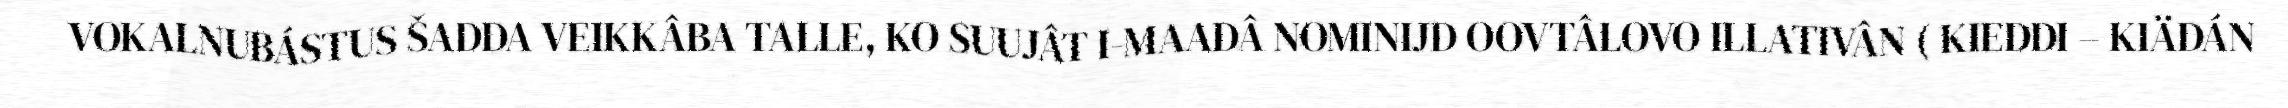
VOKALNUBÁSTUS ŠADDA VEIKKÂBA TALLE, KO SUUJÂT I-MAADÂ NOMINIJD OOVTÂLOVO ILLATIVÂN ( KIEDDI – KIÄDÁN